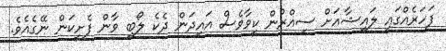
ފަހަރެއްގައި ލައިޝާއަށް ސިއްރުން ކީވާވެސް އައިދަން ދެކެ ލޯބި ވާން ފެށީކަން ނޭގެއެވެ.